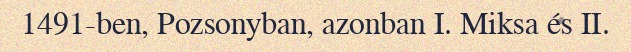
1491-ben, Pozsonyban, azonban I. Miksa és II.